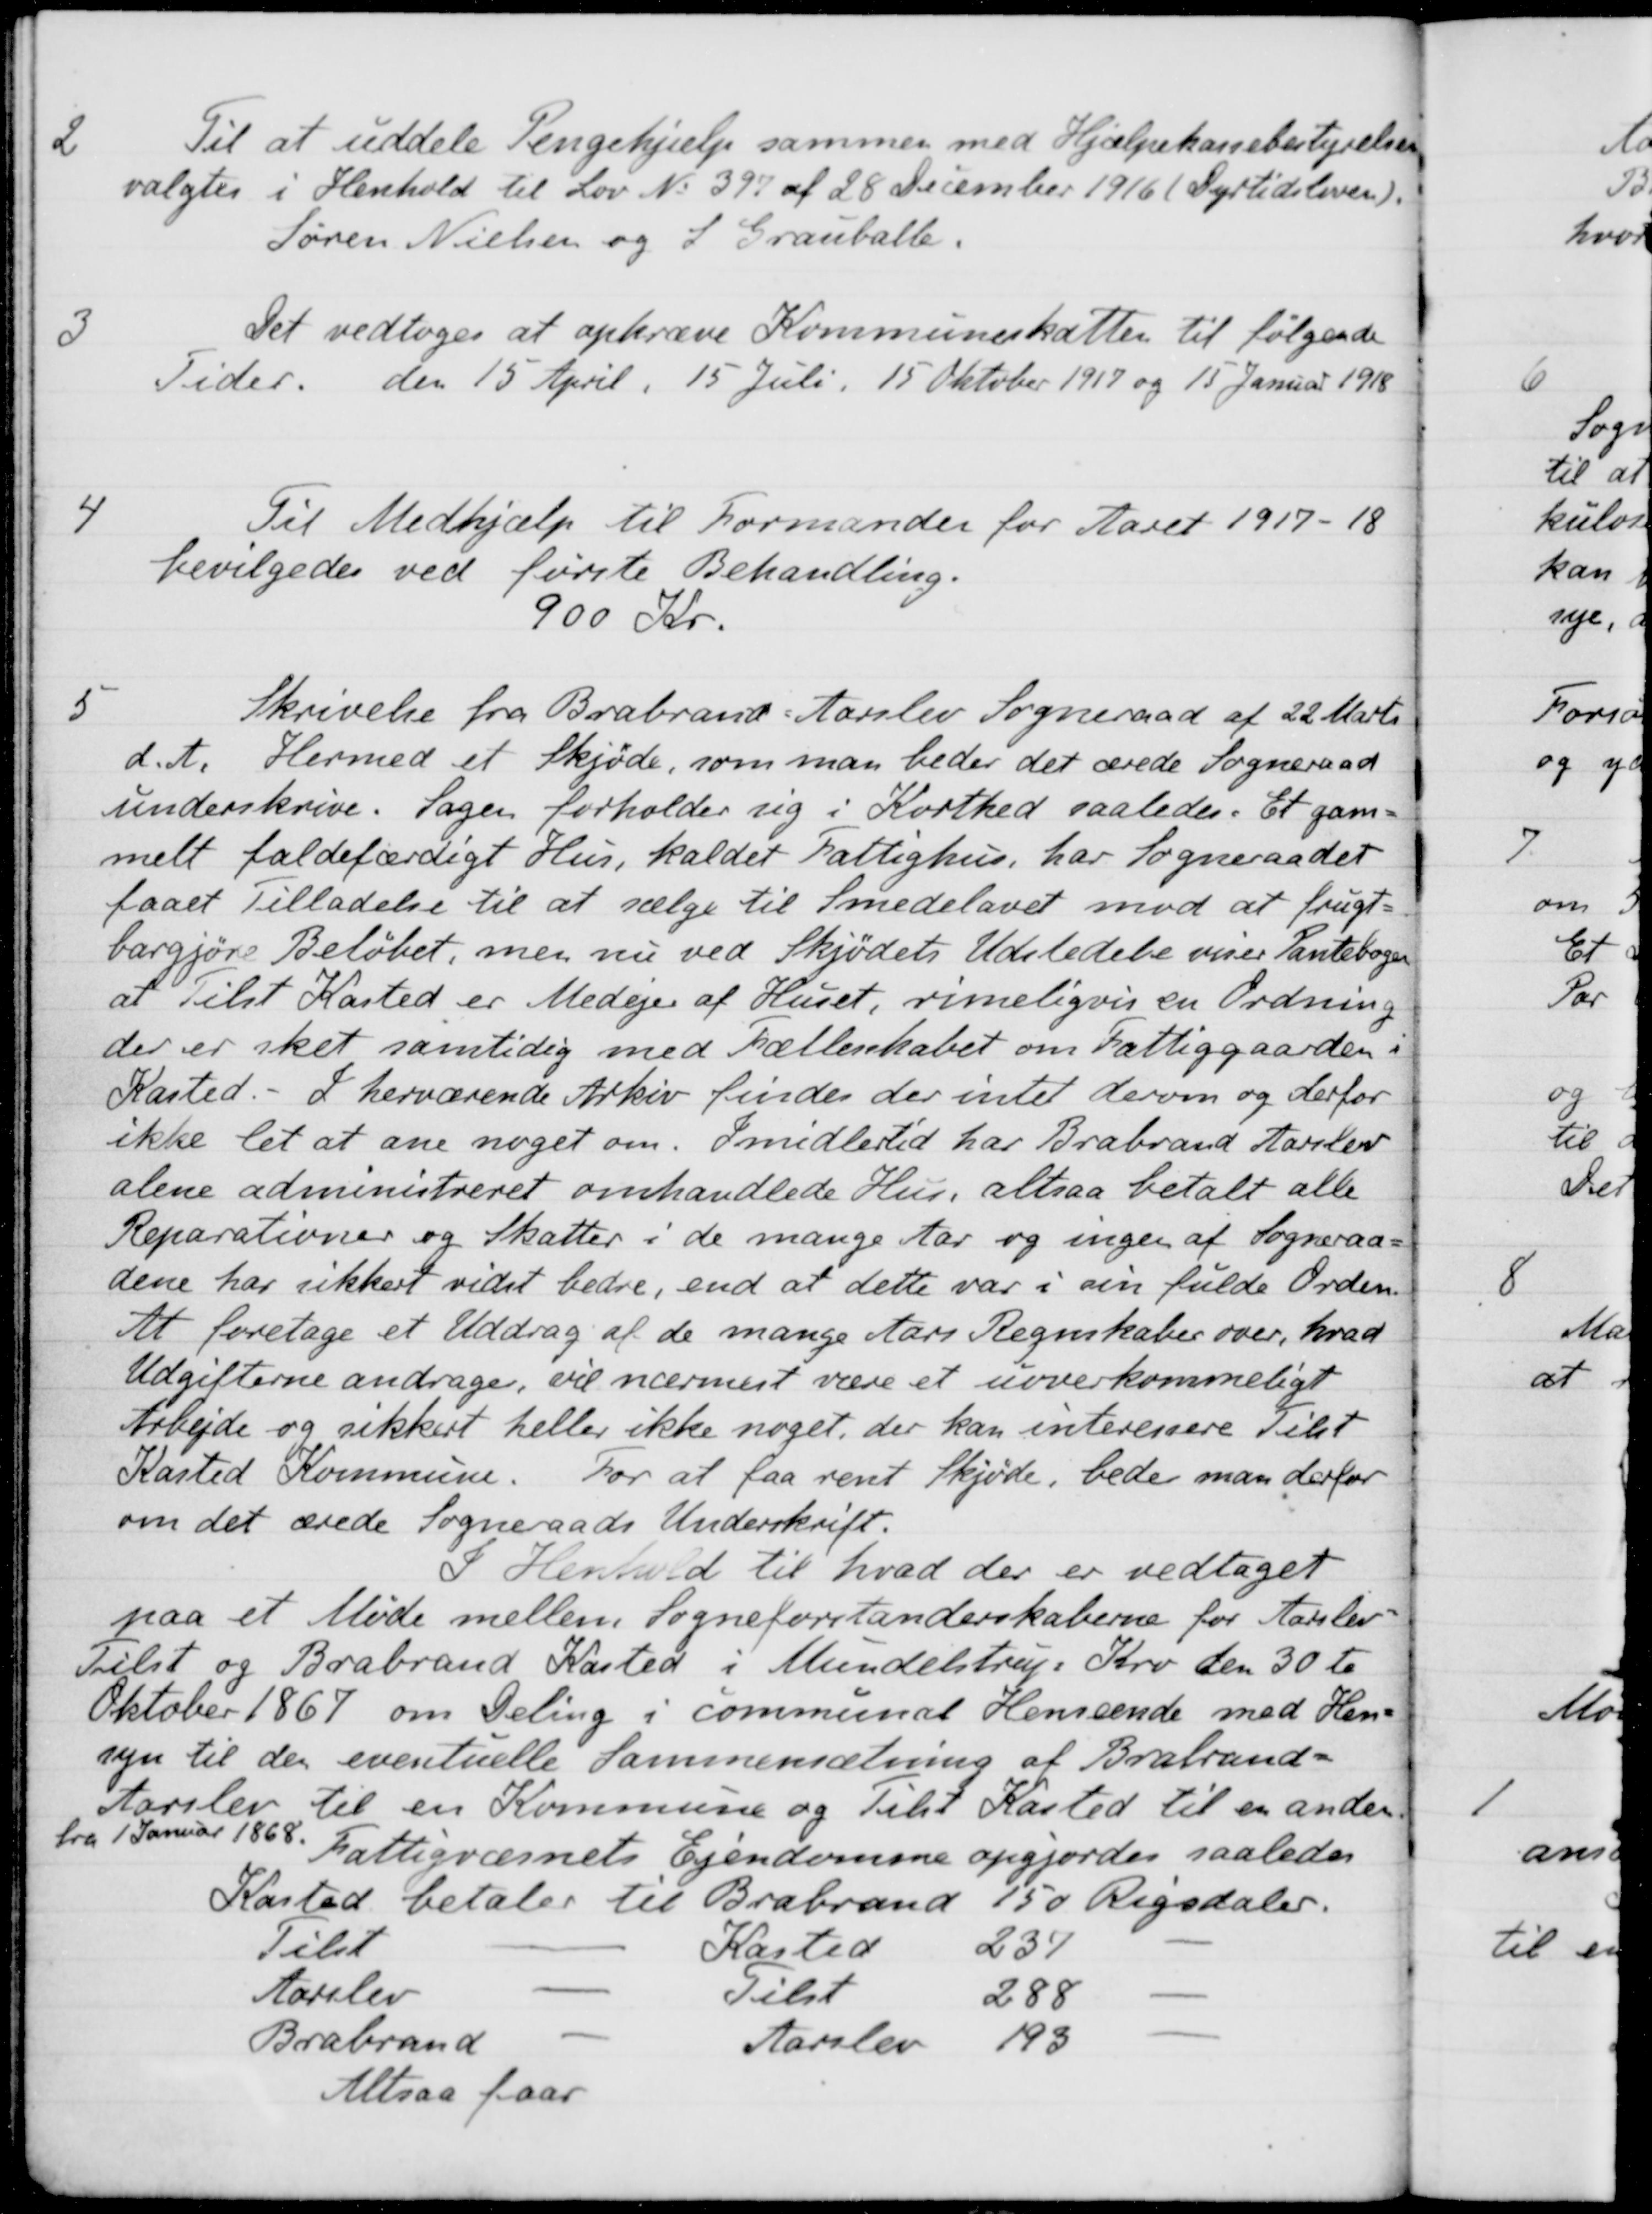
Transskription:
2
Til at uddele Pengehjælp sammen med Hjælpekassebestyrelsen
valgtes i Henhold til Lov No 397 af 28 December 1916 (Dyrtidsloven).
Søren Nielsen og S Grauballe.
3
Det vedtoges at opkræve Kommuneskatten til følgende
Tider den 15 April 15 Juli. 15 Oktober 1917 og 15 Januar 1918
4
Til Medhjælp til Formanden for Aaret 1917-18
bevilgedes ved første Behandling.
900 Kr.
5
Skrivelse fra Brabrand Aarslev Sogneraad af 22 Marts
d. A. Hermed et Skjøde, som man beder det ærede Sogneraad
underskrive. Sagen forholder sig i Korthed saaledes. Et gam-
melt faldefærdigt Hus, kaldet Fattighus, har Sogneraadet
faaet Tilladelse til at sælge til Smedelavet mod at frugt-
bargjøre Beløbet, men nu ved Skjødets Udstedelse viser Pantebogen
at Tilst Kasted er Medejer af Huset, rimeligvis en Ordning
der er sket samtidig med Fællesskabet om Fattiggaarden i
Kasted
I herværende Arkiv findes der intet derom og derfor
ikke let at ane noget om. Imidlertid har Brabrand Aarslev
alene administreret omhandlede Hus, altsaa betalt alle
Reparationer og Skatter i de mange Aar og ingen af Sogneraa-
dene har sikkert videt bedre, end at dette var i sin fulde Orden.
At foretage et Uddrag af de mange Aars Regnskaber over, hvad
Udgifterne andrager, vil nærmest være et uoverkommeligt
Arbejde og sikkert heller ikke noget, der kan interessere Tilst
Kasted Kommune. For at faa rent Skjøde, beder man derfor
om det ærede Sogneraads Underskrift.
I Henhold til hvad der er vedtaget
paa et Møde mellem Sogneforstanderskaberne for Aarslev
Tilst og Brabrand Kasted i Mundelstrup Kro den 30 te
Oktober 1867 om Deling i communal Henseende med Hen-
syn til den eventuelle Sammensætning af Brabrand-
Aarslev til en Kommune og Tilst Kasted til en anden
fra 1 Januar 1868.
Fattigvæsnets Ejendomme opgjordes saaledes
Kasted betaler til Brabrand
150 Rigsdaler.
Tilst
Kasted
237
Aarslev
Tilst
288
Brabrand
Aarslev
193
Altsaa faar